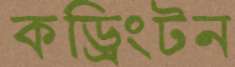
কড্রিংটন